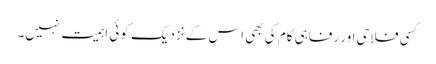
کسی فلاحی اور رفاہی کام کی بھی اس کے نزدیک کوئی اہمیت نہیں۔